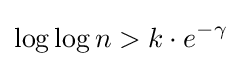
\log \log n>k\cdot e^{-\gamma }